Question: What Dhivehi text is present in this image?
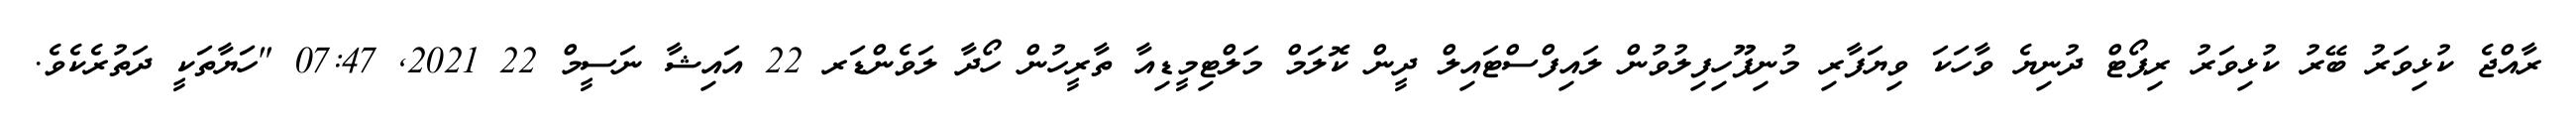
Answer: ރާއްޖެ ކުޅިވަރު ބޭރު ކުޅިވަރު ރިޕޯޓް ދުނިޔެ ވާހަކަ ވިޔަފާރި މުނިފޫހިފިލުވުން ލައިފްސްޓައިލް ދީން ކޮލަމް މަލްޓިމީޑިއާ ތާރީހުން ހޯދާ ލަވެންޑަރ 22 އައިޝާ ނަސީމް 22 2021, 07:47 "ހަޔާތަކީ ދަތުރެކެވެ.